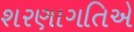
શરણાગતિએ